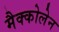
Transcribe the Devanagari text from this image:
मैक्कोलेन